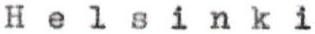
Helsinki